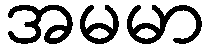
အမမာ